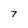
Character: 7